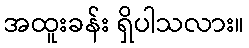
အထူးခန်း ရှိပါသလား။